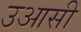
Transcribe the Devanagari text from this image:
उआसी